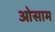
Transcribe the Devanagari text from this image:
ओसाम